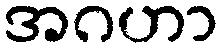
အဂဟာ